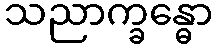
သညာက္ခန္ဓော